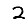
Digit: 2